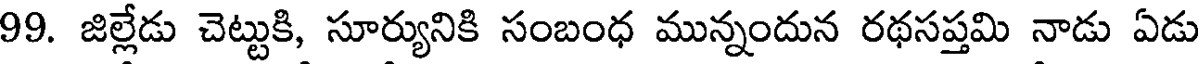
99. జిల్లేడు చెట్టుకి, సూర్యునికి సంబంధ మున్నందున రథసప్తమి నాడు ఏడు